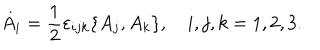
\dot { A } _ { i } = \frac { 1 } { 2 } \varepsilon _ { i j k } \{ A _ { j } , A _ { k } \} , \quad i , j , k = 1 , 2 , 3 .